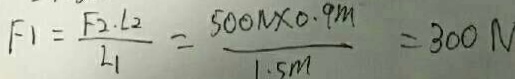
F _ { 1 } = \frac { F _ { 2 } \cdot l _ { 2 } } { L _ { 1 } } = \frac { 5 0 0 N \times 0 . 9 m } { 1 . 5 m } = 3 0 0 N